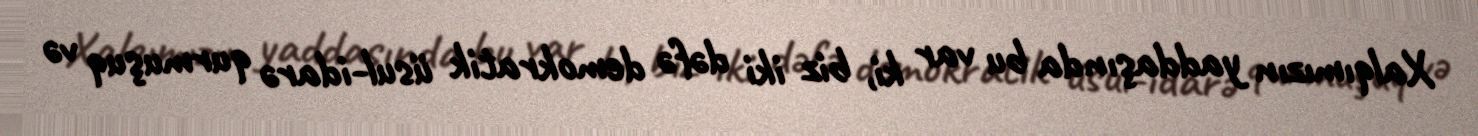
Xalqımızın yaddaşında bu var ki, biz iki dəfə demokratik üsul-idarə qurmuşuq və